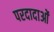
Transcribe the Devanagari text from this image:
परदादाओं